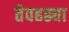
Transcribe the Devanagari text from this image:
तेवहढ्या